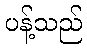
ပန့်သည်